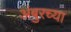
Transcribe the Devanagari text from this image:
अंबुरच्या